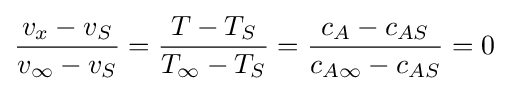
{v_{x}-v_{S} \over v_{\infty }-v_{S}}={T-T_{S} \over T_{\infty }-T_{S}}={c_{A}-c_{AS} \over c_{A\infty }-c_{AS}}=0